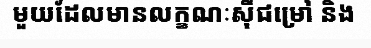
មួយដែលមានលក្ខណៈស៊ីជម្រៅ និង